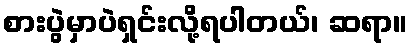
စားပွဲမှာပဲရှင်းလို့ရပါတယ်၊ ဆရာ။